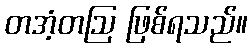
တအံ့တဩ ဖြစ်ရသည်။